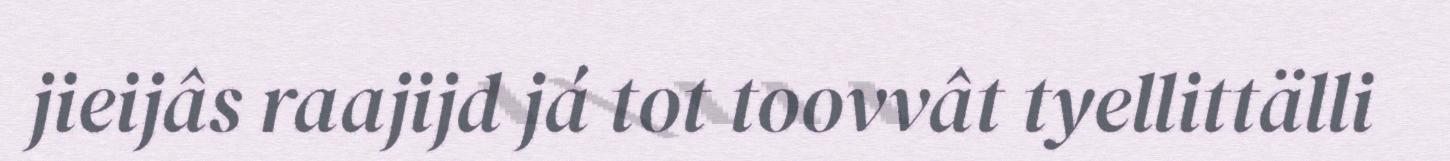
jieijâs raajijd já tot toovvât tyellittälli